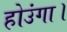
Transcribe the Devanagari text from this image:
होउंगा।